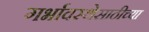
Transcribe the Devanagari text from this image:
गर्भावस्थेसाठीच्या